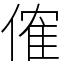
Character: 傕